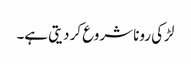
لڑکی رونا شروع کر دیتی ہے۔